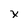
Character: X